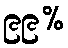
၉၉%